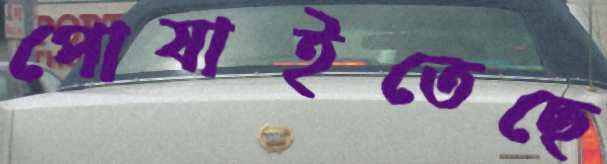
পোষাইতেছে